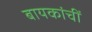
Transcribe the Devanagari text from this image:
बायकांचीं